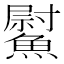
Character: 𩻍